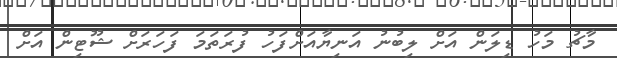
މާޗު މަހު ޑިލަން އަށް ލިބުނު އަނިޔާއަށްފަހު ފުރަތަމަ ފަހަރަށް ޝޫޓިން އަށް